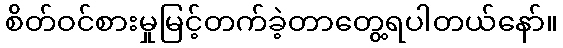
စိတ်ဝင်စားမှုမြင့်တက်ခဲ့တာတွေ့ရပါတယ်နော်။